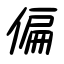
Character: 偏